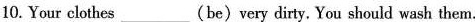
10. Your clothes___(be)very dirty. You should wash them.